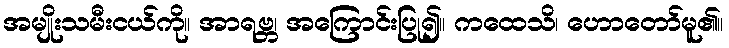
အမျိုးသမီးငယ်ကို။ အာရဗ္ဘ၊ အကြောင်းပြု၍။ ကထေသိ၊ ဟောတော်မူ၏။